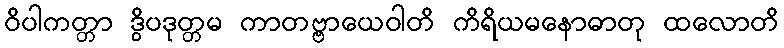
ဝိပါကတ္တာ ဒွိပဒုတ္တမ ကာတဗ္ဗာယေဝါတိ ကိရိယမနောဓာတု ထလောတိ